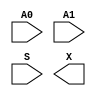
//Generated from netlist by SpyDrNet
//netlist name: FPGA88_SOFA_A
module sky130_fd_sc_hd__mux2_1_wrapper
(
    A0,
    A1,
    S,
    X
);

    input A0;
    input A1;
    input S;
    output X;

    wire A0;
    wire A1;
    wire S;
    wire X;

endmodule